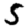
Digit: 5